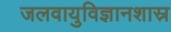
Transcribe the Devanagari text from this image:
जलवायुविज्ञानशास्र